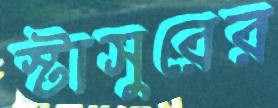
স্টাসুরের